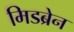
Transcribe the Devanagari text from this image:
मिडब्रेन